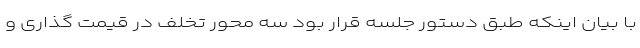
با بیان اینکه طبق دستور جلسه قرار بود سه محور تخلف در قیمت گذاری و